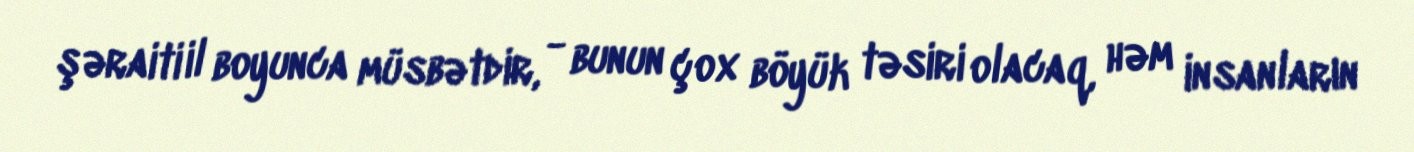
şəraiti il boyunca müsbətdir, - bunun çox böyük təsiri olacaq, həm insanların